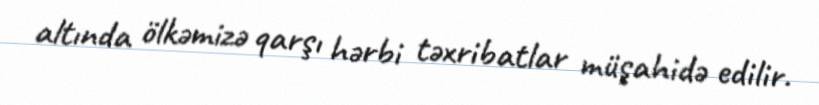
altında ölkəmizə qarşı hərbi təxribatlar müşahidə edilir.